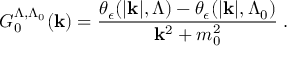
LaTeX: G _ { 0 } ^ { \Lambda , \Lambda _ { 0 } } ( { \bf { k } } ) = \frac { \theta _ { \epsilon } ( | { \bf { k } } | , \Lambda ) - \theta _ { \epsilon } ( | { \bf { k } } | , \Lambda _ { 0 } ) } { { \bf { k } } ^ { 2 } + m _ { 0 } ^ { 2 } } \; .